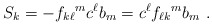
\begin{align*}S_{k} = -{f_{k\ell}}^{m}c^{\ell}b_{m} = c^{\ell} {f_{\ell k}}^{m}b_{m}~. \end{align*}